Problem: 7 × 4 = ?
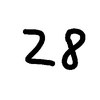
Handwritten answer: 28